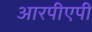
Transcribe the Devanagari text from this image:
आरपीएपी